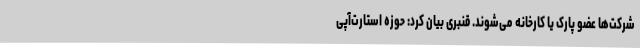
شرکت‌ها عضو پارک یا کارخانه می‌شوند. قنبری بیان کرد: حوزه استارت‌آپی